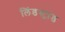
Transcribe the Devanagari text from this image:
लिंडस्ट्रांड